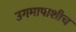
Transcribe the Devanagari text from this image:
उगमापाशीच